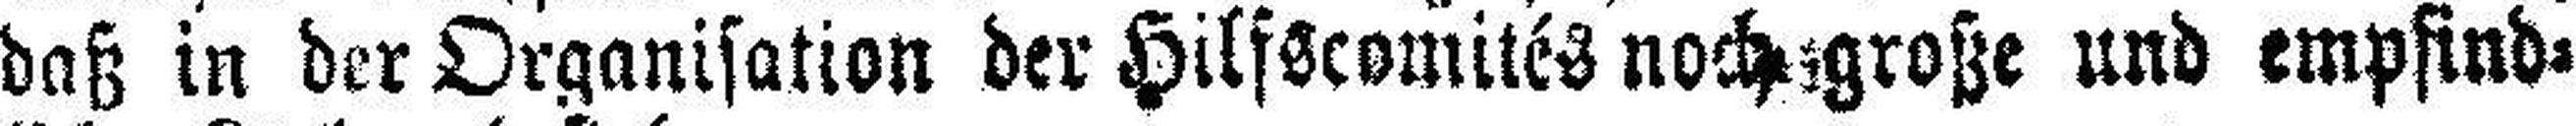
daß in der Organisation der Hilfscomités noch große und empfind¬